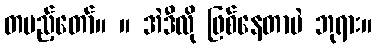
တပည့်တော်။ ။ အဲဒီလို ဖြစ်နေတာပဲ ဘုရား။